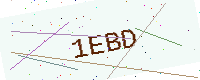
Text: 1EBD